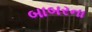
બાબરના